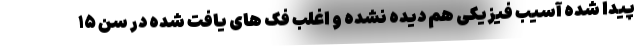
پیدا شده آسیب فیزیکی هم دیده نشده و اغلب فک های یافت شده در سن ۱۵